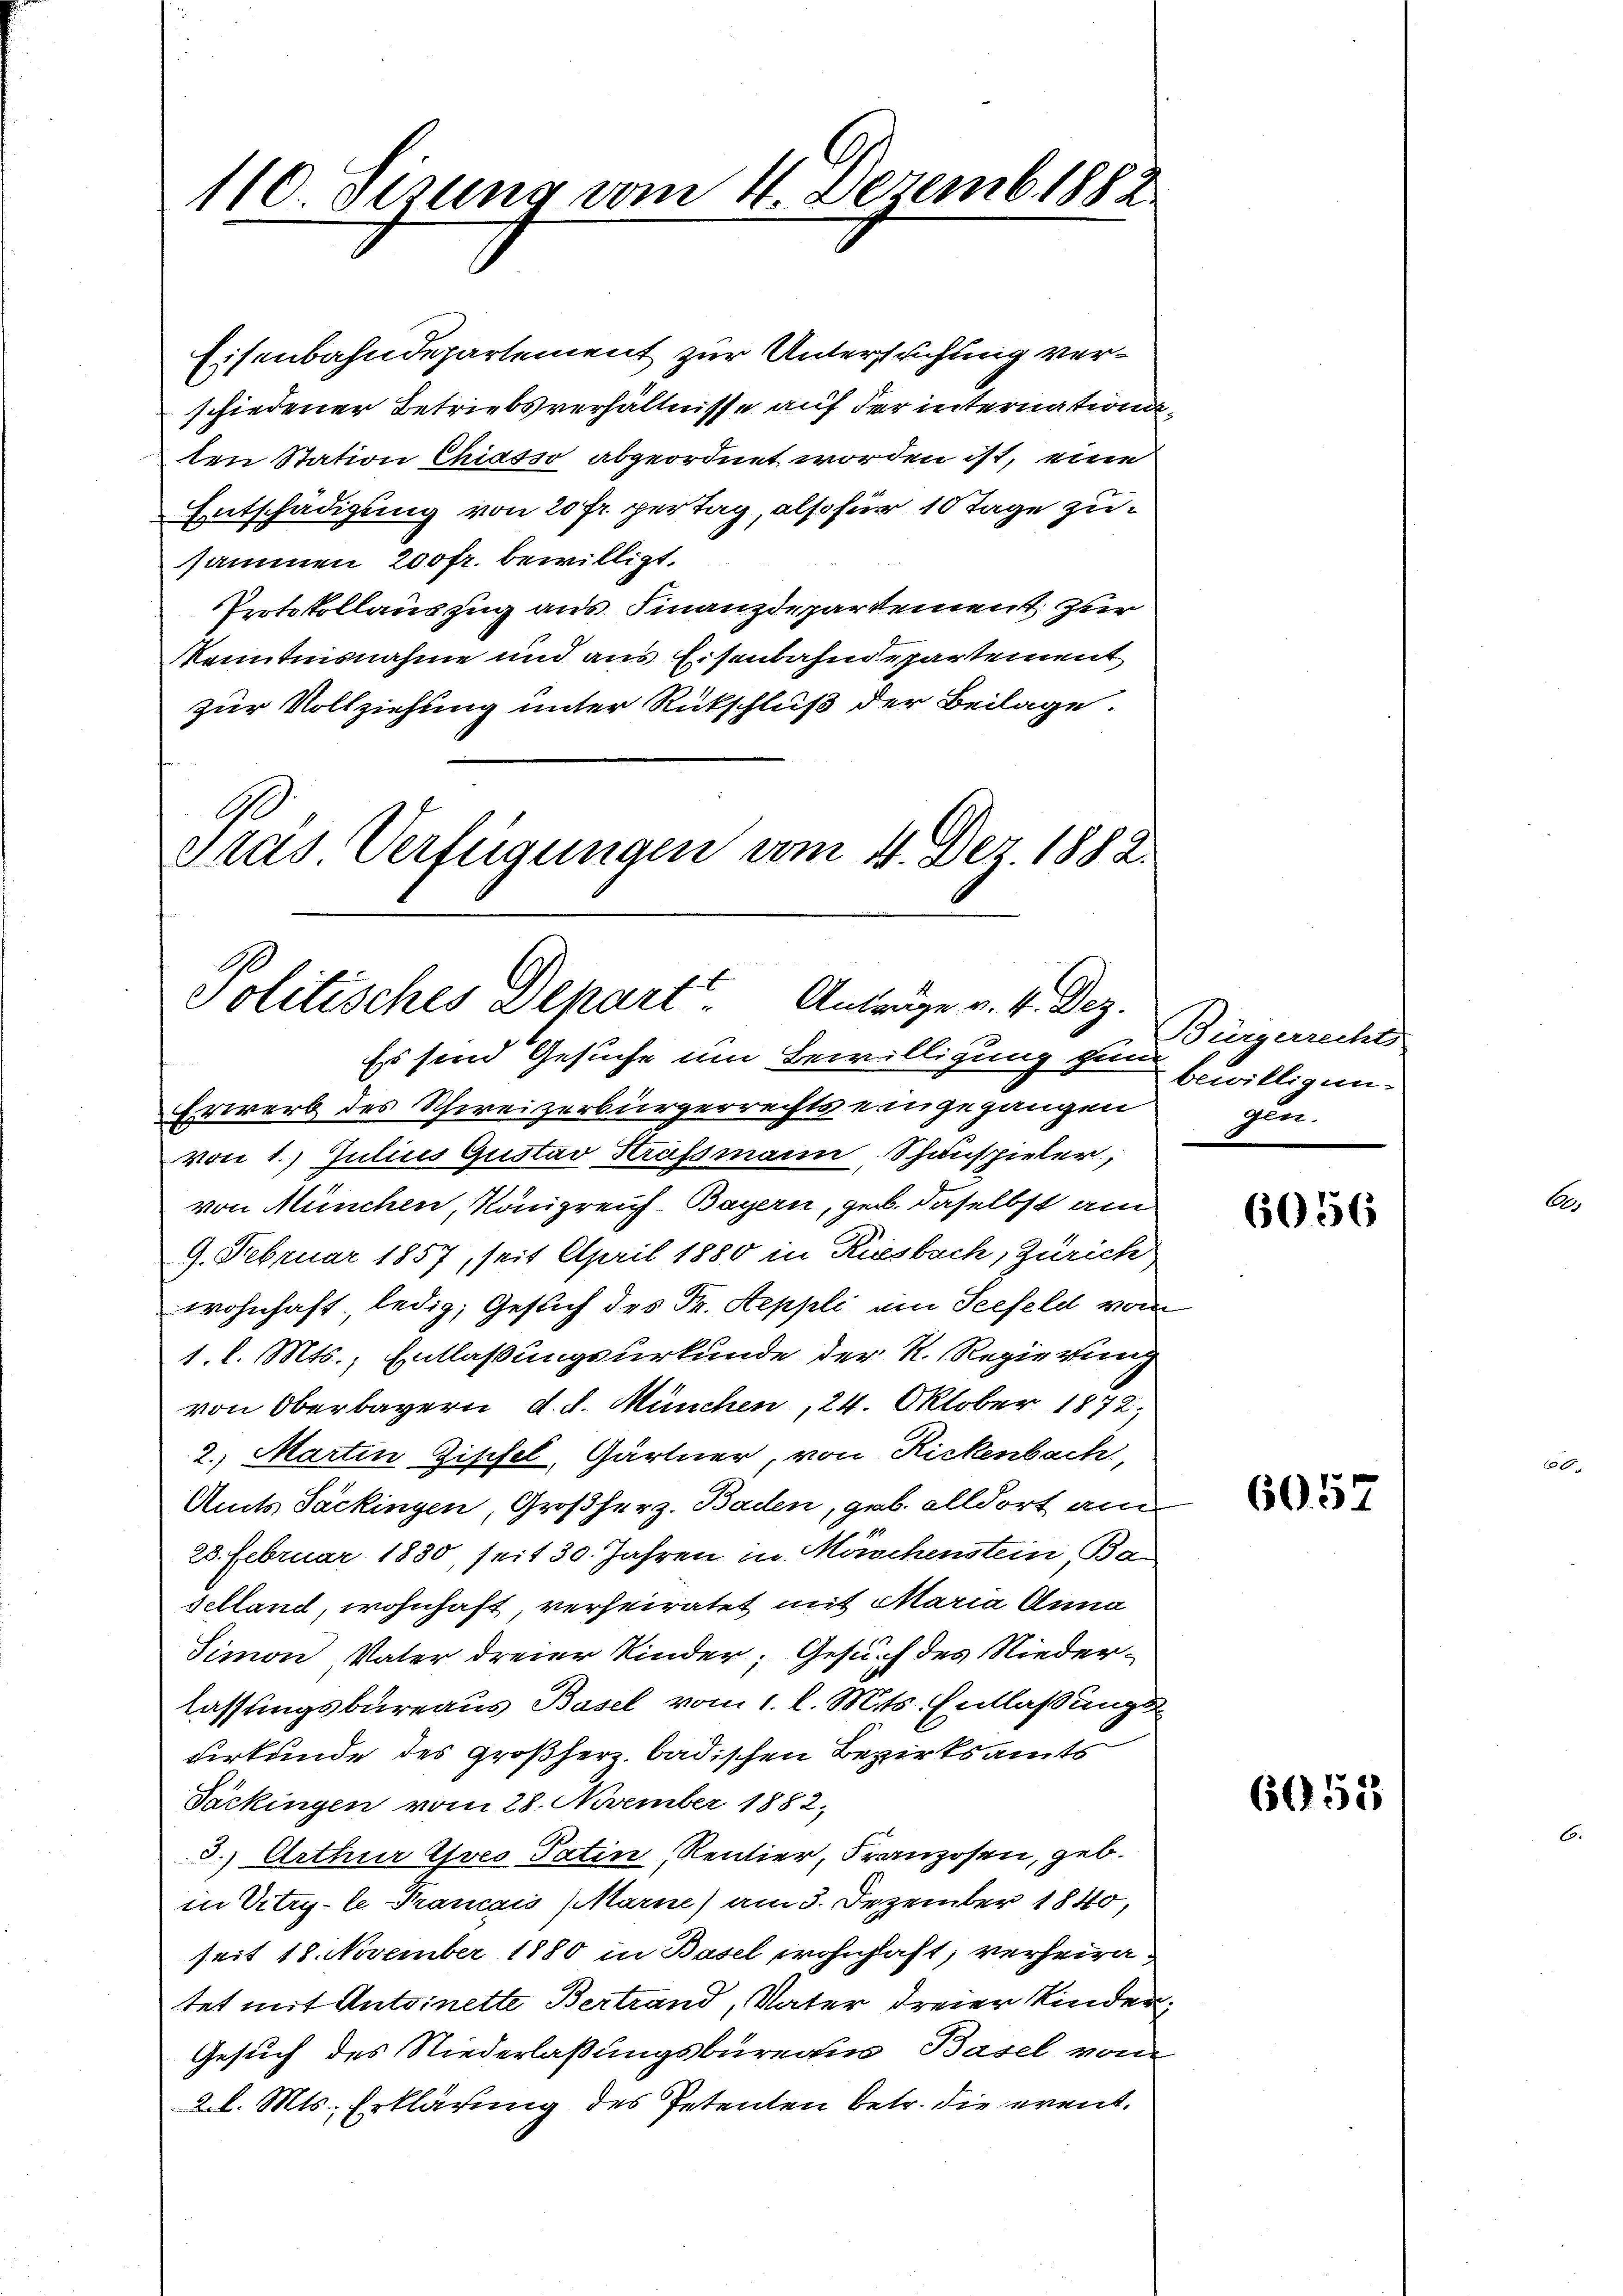
110 gesung vom 4. Dezemb. 1882

Eisenbahndepartement zur Untersuchung verschiedener Betriebsverhältnisse auf der internation
ten Station Chiasso abgeordnet worden ist, eine
Entschädigung von 20 fr. pertag, also für 10 Tage zusammen 200 fr. bewilligt.
Protokollauszug aus Finanzdepartement zur
Kenntnisnahme und aus Eisenbahndepartement
zur Vollziehung unter Rückschluß der Beilage.
A
dras Verfügungen vom 4. Dez. 1882.

Politisches Depart. Anträge v. 4. Dez.
Es sind Gesuche um Bewilligung zum

Erwerb des Schweizerbürgerrechts eingegangen
von 1. Julius Gustav Krassmann Schauspieler,
von München, Königreich-Bayern, geb. daselbst am
9. Februar 1857, seit April 1880 in Riesbach, Zürich
wohnhaft, ledig, Gesuch des Fr. Seppli ein Seefeld vom
1. l. Mts., Entlaßungsurkunde der K. Regierung
von Oberbayern d. d. München, 24. Oktober 1872;
2.) Martin Zipfel, Gärtner, von Rickenbach
Amts Säckingen, Großherz. Baden, geb. alldort am
23. Februar 1830, seit 30. Jahren, in Müschenstein Ba
selland, wohnhaft, verheiratet mit Maria Anna
Simon Vater dreier Kinder; Gesuch des Niederlassungsbureaus Basel vom 1. l. Mts. Entlaßungs
urkunde des Großherz badischen Bezirksamts
Jäckingen vom 28. November 1882,
3.) Arthur Gres Tatin, Rentier, Franzosen, geb.
in Vitry-le Prancais (Marne) am 3. Dezember 1840
seit 18. November 1880 in Basel wohnhaft; verheiratet mit Antoinette Bertrand, Vater dreier Kinder¬
Gesuch des Niederlaßungsbureaus Basel vom
2 l. Mts., Erklärung des Petenten betr. die event¬

Bürgerrechts
bewilligungen.

6056

6057

6053